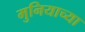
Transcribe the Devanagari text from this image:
मुनियाच्या